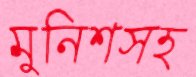
মুনিশসহ